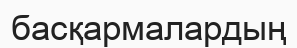
басқармалардың